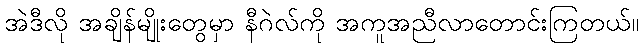
အဲဒီလို အချိန်မျိုးတွေမှာ နီဂဲလ်ကို အကူအညီလာတောင်းကြတယ်။